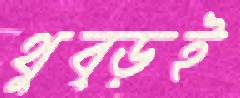
থুব্‌ড়ই